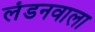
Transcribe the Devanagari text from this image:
लंडनवाला